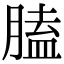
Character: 䐦